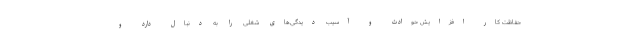
حفاظت کار افزایش حوادث و ‌آسیب دیدگی‌های شغلی را به دنبال دارد و